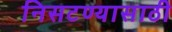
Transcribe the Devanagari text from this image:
निसटण्यासाठी